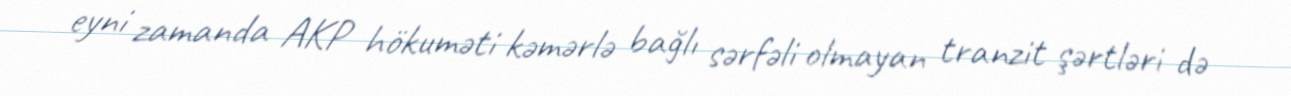
eyni zamanda AKP hökuməti kəmərlə bağlı sərfəli olmayan tranzit şərtləri də